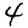
Digit: 4